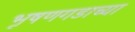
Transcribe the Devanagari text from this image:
भूषणगडाच्या